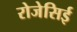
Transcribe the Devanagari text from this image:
रोजेसिई